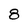
Character: 8